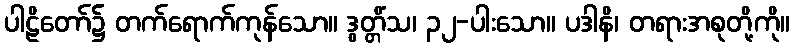
ပါဠိတော်၌ တက်ရောက်ကုန်သော။ ဒွတ္တိံသ၊ ၃၂-ပါးသော။ ပဒါနိ၊ တရားအစုတို့ကို။